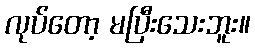
လုပ်တော့ မပြီးသေးဘူး။